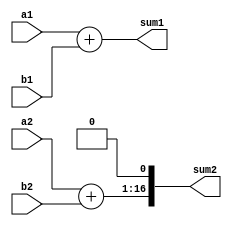
// This program was cloned from: https://github.com/HKUSTGZ-MICS-LYU/FlattenRTL
// License: MIT License

module TopModule (
        input [7:0] a1,
        input [7:0] b1,
        input [15:0] a2,
        input [15:0] b2,
        output [7:0] sum1,
        output [15+1:0] sum2) ;

    wire [ 8 -1:0] adder1_a;
    wire [ 8 -1:0] adder1_b;
    wire [ 8 -1+ 0 :0] adder1_sum;
    wire [ 16 -1:0] adder2_a;
    wire [ 16 -1:0] adder2_b;
    wire [ 16 -1+ 1 :0] adder2_sum;

    assign   adder1_sum  =(  adder1_a  +  adder1_b  )<<  0  ;



    assign   adder2_sum  =(  adder2_a  +  adder2_b  )<<  1  ;
    assign adder1_a = a1;
    assign adder1_b = b1;
    assign sum1 = adder1_sum;
    assign adder2_a = a2;
    assign adder2_b = b2;
    assign sum2 = adder2_sum;

endmodule